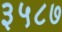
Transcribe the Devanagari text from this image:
३५८७